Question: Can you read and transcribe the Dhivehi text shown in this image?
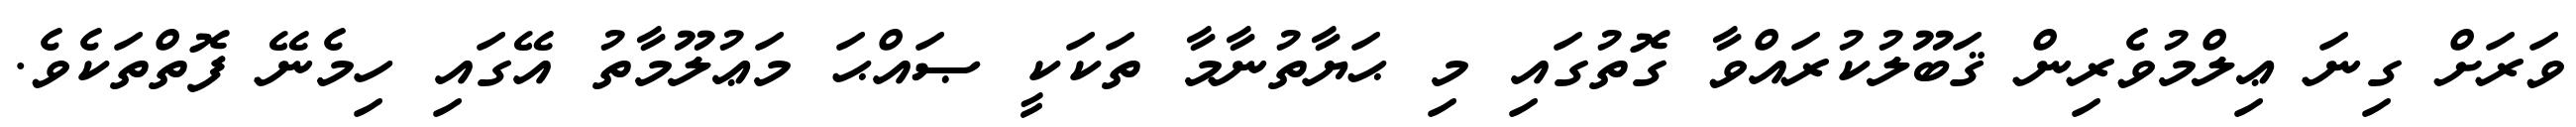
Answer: ވަރަށް ގިނަ ޢިލްމުވެރިން ޤަބޫލުކުރައްވާ ގޮތުގައި މި ޙަޔާތުނާމާ ތަކަކީ ޞައްޙަ މަޢުލޫމާތު އޭގައި ހިމެނޭ ފޮތްތަކެވެ.